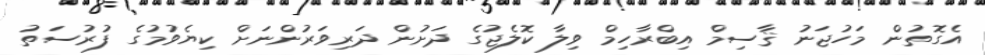
އެގޮތުން މަހުޖަނު ޤާސިމް އިބްރާހިމް ވިލާ ކޮލެޖުގެ ދަށުން ދަރިވަރުންނަށް ކިޔެވުމުގެ ފުރުސަތު